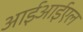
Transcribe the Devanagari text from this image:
आईआईएल